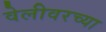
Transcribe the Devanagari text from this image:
वेलीवरच्या